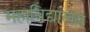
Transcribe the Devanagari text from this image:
महाविद्यालय